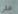
علي